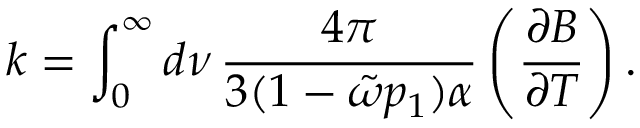
k = \int _ { 0 } ^ { \infty } d \nu \, \frac { 4 \pi } { 3 ( 1 - \tilde { \omega } p _ { 1 } ) \alpha } \left( \frac { \partial B } { \partial T } \right) .